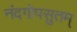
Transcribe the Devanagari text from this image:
नंदगोपसुतम्